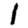
Digit: 1